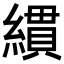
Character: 𦄻